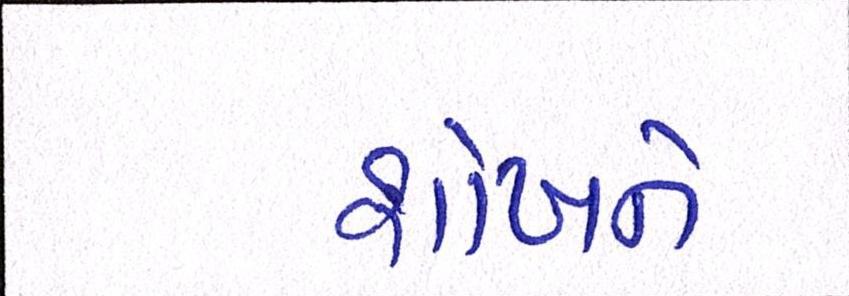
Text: શોખને